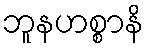
ဘူနဟစ္စာနိ